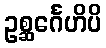
ဥစ္ဆင်္ဂေဟိပိ